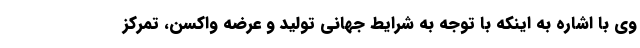
وی با اشاره به اینکه با توجه به شرایط جهانی تولید و عرضه واکسن، تمرکز